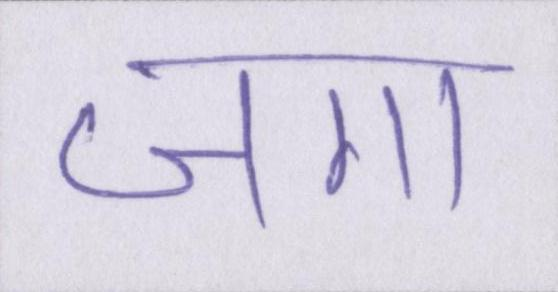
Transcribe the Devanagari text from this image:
जगा